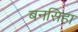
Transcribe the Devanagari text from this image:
बनसिहा